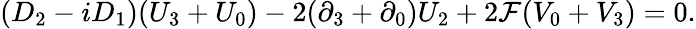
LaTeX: (D_{2}-iD_{1})(U_{3}+U_{0})-2(\partial_{3}+\partial_{0})U_{2}+2{\cal{F}}(V_{0}+V_{3})=0.